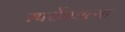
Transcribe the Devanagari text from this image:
स्पर्धेमधल्या